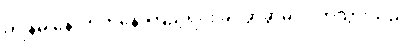
ကျွန်မ နောက်ကနေ ကြည့်ရင်း ခပ်ခွာခွာမှ လိုက်သွားသည်။